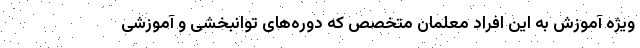
ویژه آموزش به این افراد معلمان متخصص که دوره‌های توانبخشی و آموزشی